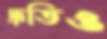
দ্রুতিও